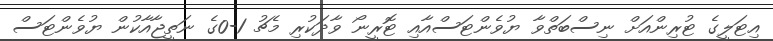
އިޓަލީގެ ޓުރިންއަށް ނިސްބަތްވާ ޔުވެންޓަސްއާއި ޓޮރީނޯ ވާދަކުރި މެޗު 1-0ގެ ނަތީޖާއާކުން ޔުވެންޓަސް